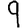
Digit: 9